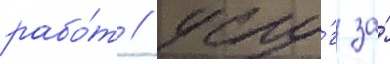
рабо́т / услу́г за́